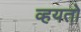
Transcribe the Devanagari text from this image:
व्हयतो